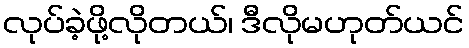
လုပ်ခဲ့ဖို့လိုတယ်၊ ဒီလိုမဟုတ်ယင်